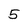
Character: 5